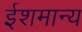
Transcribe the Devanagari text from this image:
ईशमान्य